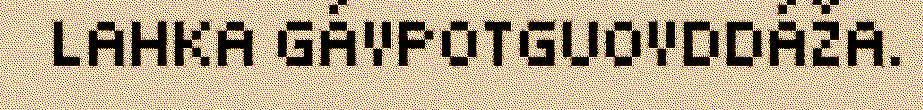
LAHKA GÁVPOTGUOVDDÁŽA.